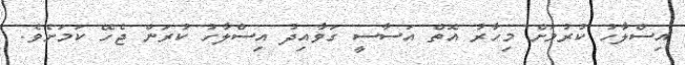
އިސްލާހު ކުރުމަށް މިހާރު އޮތް އަސާސީ ގަވާއިދު އިސްލާހު ކުރަން ޖެހޭ ކަމަށެވެ.